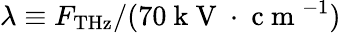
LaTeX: \lambda\equiv F_{\mathrm{{THz}}}/(70\mathrm{~k~V~}\cdot\mathrm{~c~m~}^{-1})